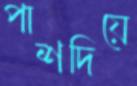
পাশদিয়ে